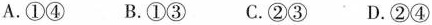
A.①④ B.①③C.②③ D.②④